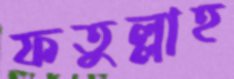
ফতুল্লাহ